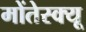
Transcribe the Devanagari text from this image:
मोंतेस्क्यू